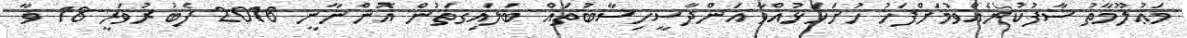
މަޢުލޫމާތު ސާފުކުރެއްވުމަށްފަހު ހުށަހަޅުއްވާ އަންދާސީހިސާބުތައް ބަލައިގަތުން އޮންނާނީ 2016 ފެބުރުވަރީ 18 ވާ